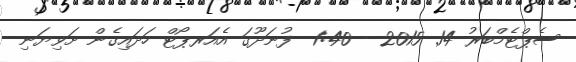
ސެޕްޓެމްބަރު 14